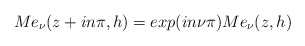
\begin{align*}Me_{\nu}(z+in\pi,h)=exp(in\nu\pi) Me_{\nu}(z,h)\end{align*}